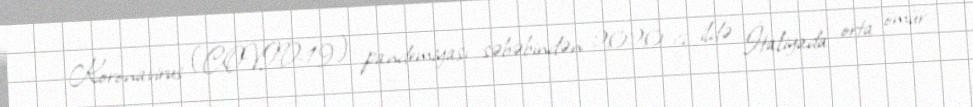
Koronavirus (COVID-19) pandemiyası səbəbindən 2020-ci ildə İtaliyada orta ömür